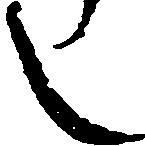
し